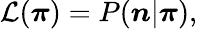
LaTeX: \begin{array}{r}{{\cal L}({\boldsymbol\pi})=P({\boldsymbol n}|{\boldsymbol\pi}),}\end{array}